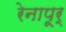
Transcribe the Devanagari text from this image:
रेनापूर्